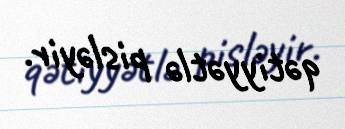
qətiyyətlə pisləyir.